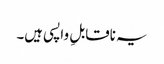
یہ ناقابلِ واپسی ہیں۔